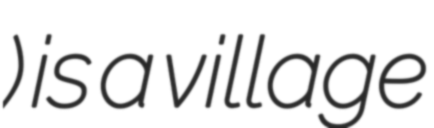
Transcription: Гриньки) is a village